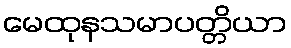
မေထုနသမာပတ္တိယာ